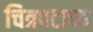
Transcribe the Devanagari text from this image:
चित्रपटाच्य